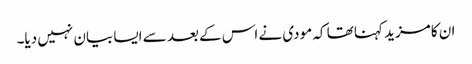
ان کا مزید کہنا تھا کہ مودی نے اس کے بعد سے ایسا بیان نہیں دیا۔